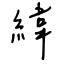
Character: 緯